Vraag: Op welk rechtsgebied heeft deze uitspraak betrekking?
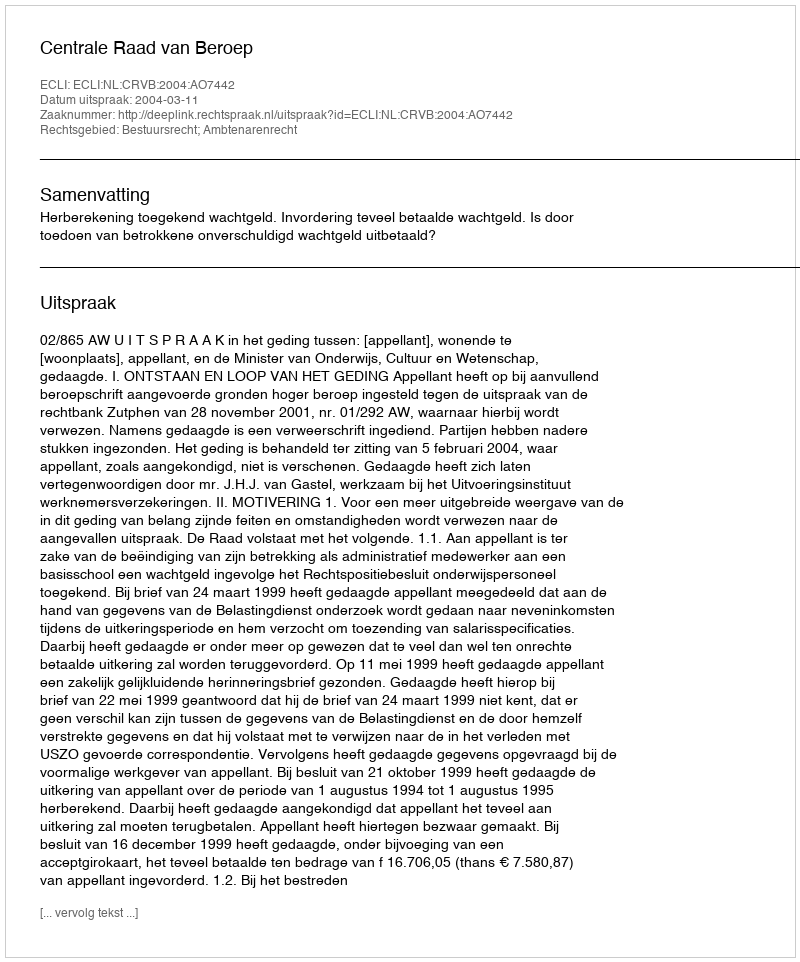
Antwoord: Bestuursrecht; Ambtenarenrecht